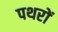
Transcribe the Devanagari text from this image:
पथरों